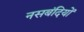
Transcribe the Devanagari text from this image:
नसबंदियों